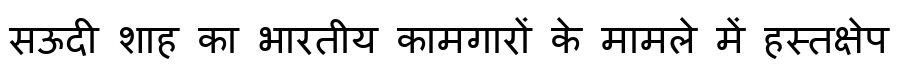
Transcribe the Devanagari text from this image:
सऊदी शाह का भारतीय कामगारों के मामले में हस्तक्षेप